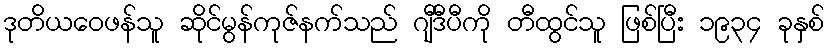
ဒုတိယဝေဖန်သူ ဆိုင်မွန်ကုဇ်နက်သည် ဂျီဒီပီကို တီထွင်သူ ဖြစ်ပြီး ၁၉၃၄ ခုနှစ်